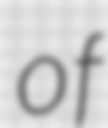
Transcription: of